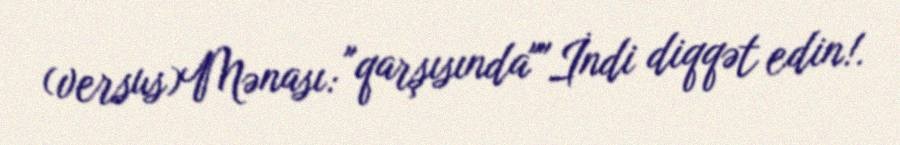
(versus)Mənası: "qarşısında""İndi diqqət edin!.